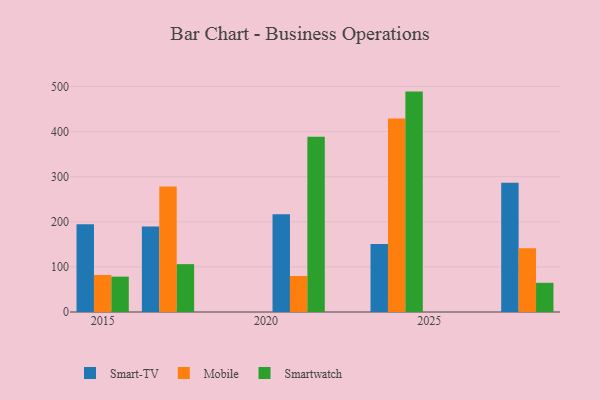
{"axis": {"x": "Year", "y": "Temperature (°C)"}, "legend": ["Mobile", "Smart-TV", "Smartwatch"], "data": [{"x": "2021", "y": 216.5, "type": "Smart-TV"}, {"x": "2021", "y": 79.8, "type": "Mobile"}, {"x": "2021", "y": 388.4, "type": "Smartwatch"}, {"x": "2024", "y": 150.7, "type": "Smart-TV"}, {"x": "2024", "y": 428.8, "type": "Mobile"}, {"x": "2024", "y": 488.7, "type": "Smartwatch"}, {"x": "2015", "y": 194.5, "type": "Smart-TV"}, {"x": "2015", "y": 82.1, "type": "Mobile"}, {"x": "2015", "y": 78.4, "type": "Smartwatch"}, {"x": "2017", "y": 189.5, "type": "Smart-TV"}, {"x": "2017", "y": 278.4, "type": "Mobile"}, {"x": "2017", "y": 106.1, "type": "Smartwatch"}, {"x": "2028", "y": 286.7, "type": "Smart-TV"}, {"x": "2028", "y": 141.4, "type": "Mobile"}, {"x": "2028", "y": 64.7, "type": "Smartwatch"}]}